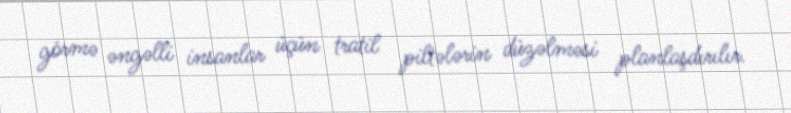
görmə əngəlli insanlar üçün tratil piltələrin düzəlməsi planlaşdırılır.